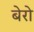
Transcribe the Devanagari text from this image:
बेरो